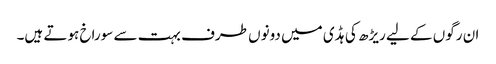
ان رگوں کے لیے ریڑھ کی ہڈی میں دونوں طرف بہت سے سوراخ ہوتے ہیں۔